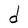
Character: d